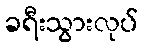
ခရီးသွားလုပ်